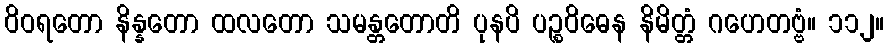
ဝိဝရတော နိန္နတော ထလတော သမန္တတောတိ ပုနပိ ပဉ္စဝိဓေန နိမိတ္တံ ဂဟေတဗ္ဗံ။ ၁၁၂။